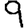
Digit: 9